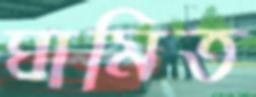
ঘামিত